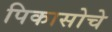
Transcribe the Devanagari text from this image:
पिकासोचे